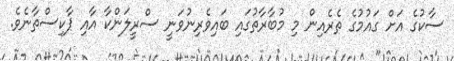
ސާކުގެ އަށް ގައުމުގެ ތެރެއިން މި މުބާރާތުގައި ބައިވެރިނުވަނީ ސްރީލަންކާ އާއި ޕާކިސްތާނެވެ.